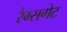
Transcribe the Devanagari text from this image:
रैम्सगेट